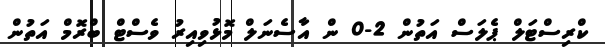
ކްރިސްޓަލް ޕެލަސް އަތުން 2-0 ން އާސެނަލް މޮޅުވިއިރު ވެސްޓް ބްރޮމް އަތުން